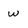
Character: w